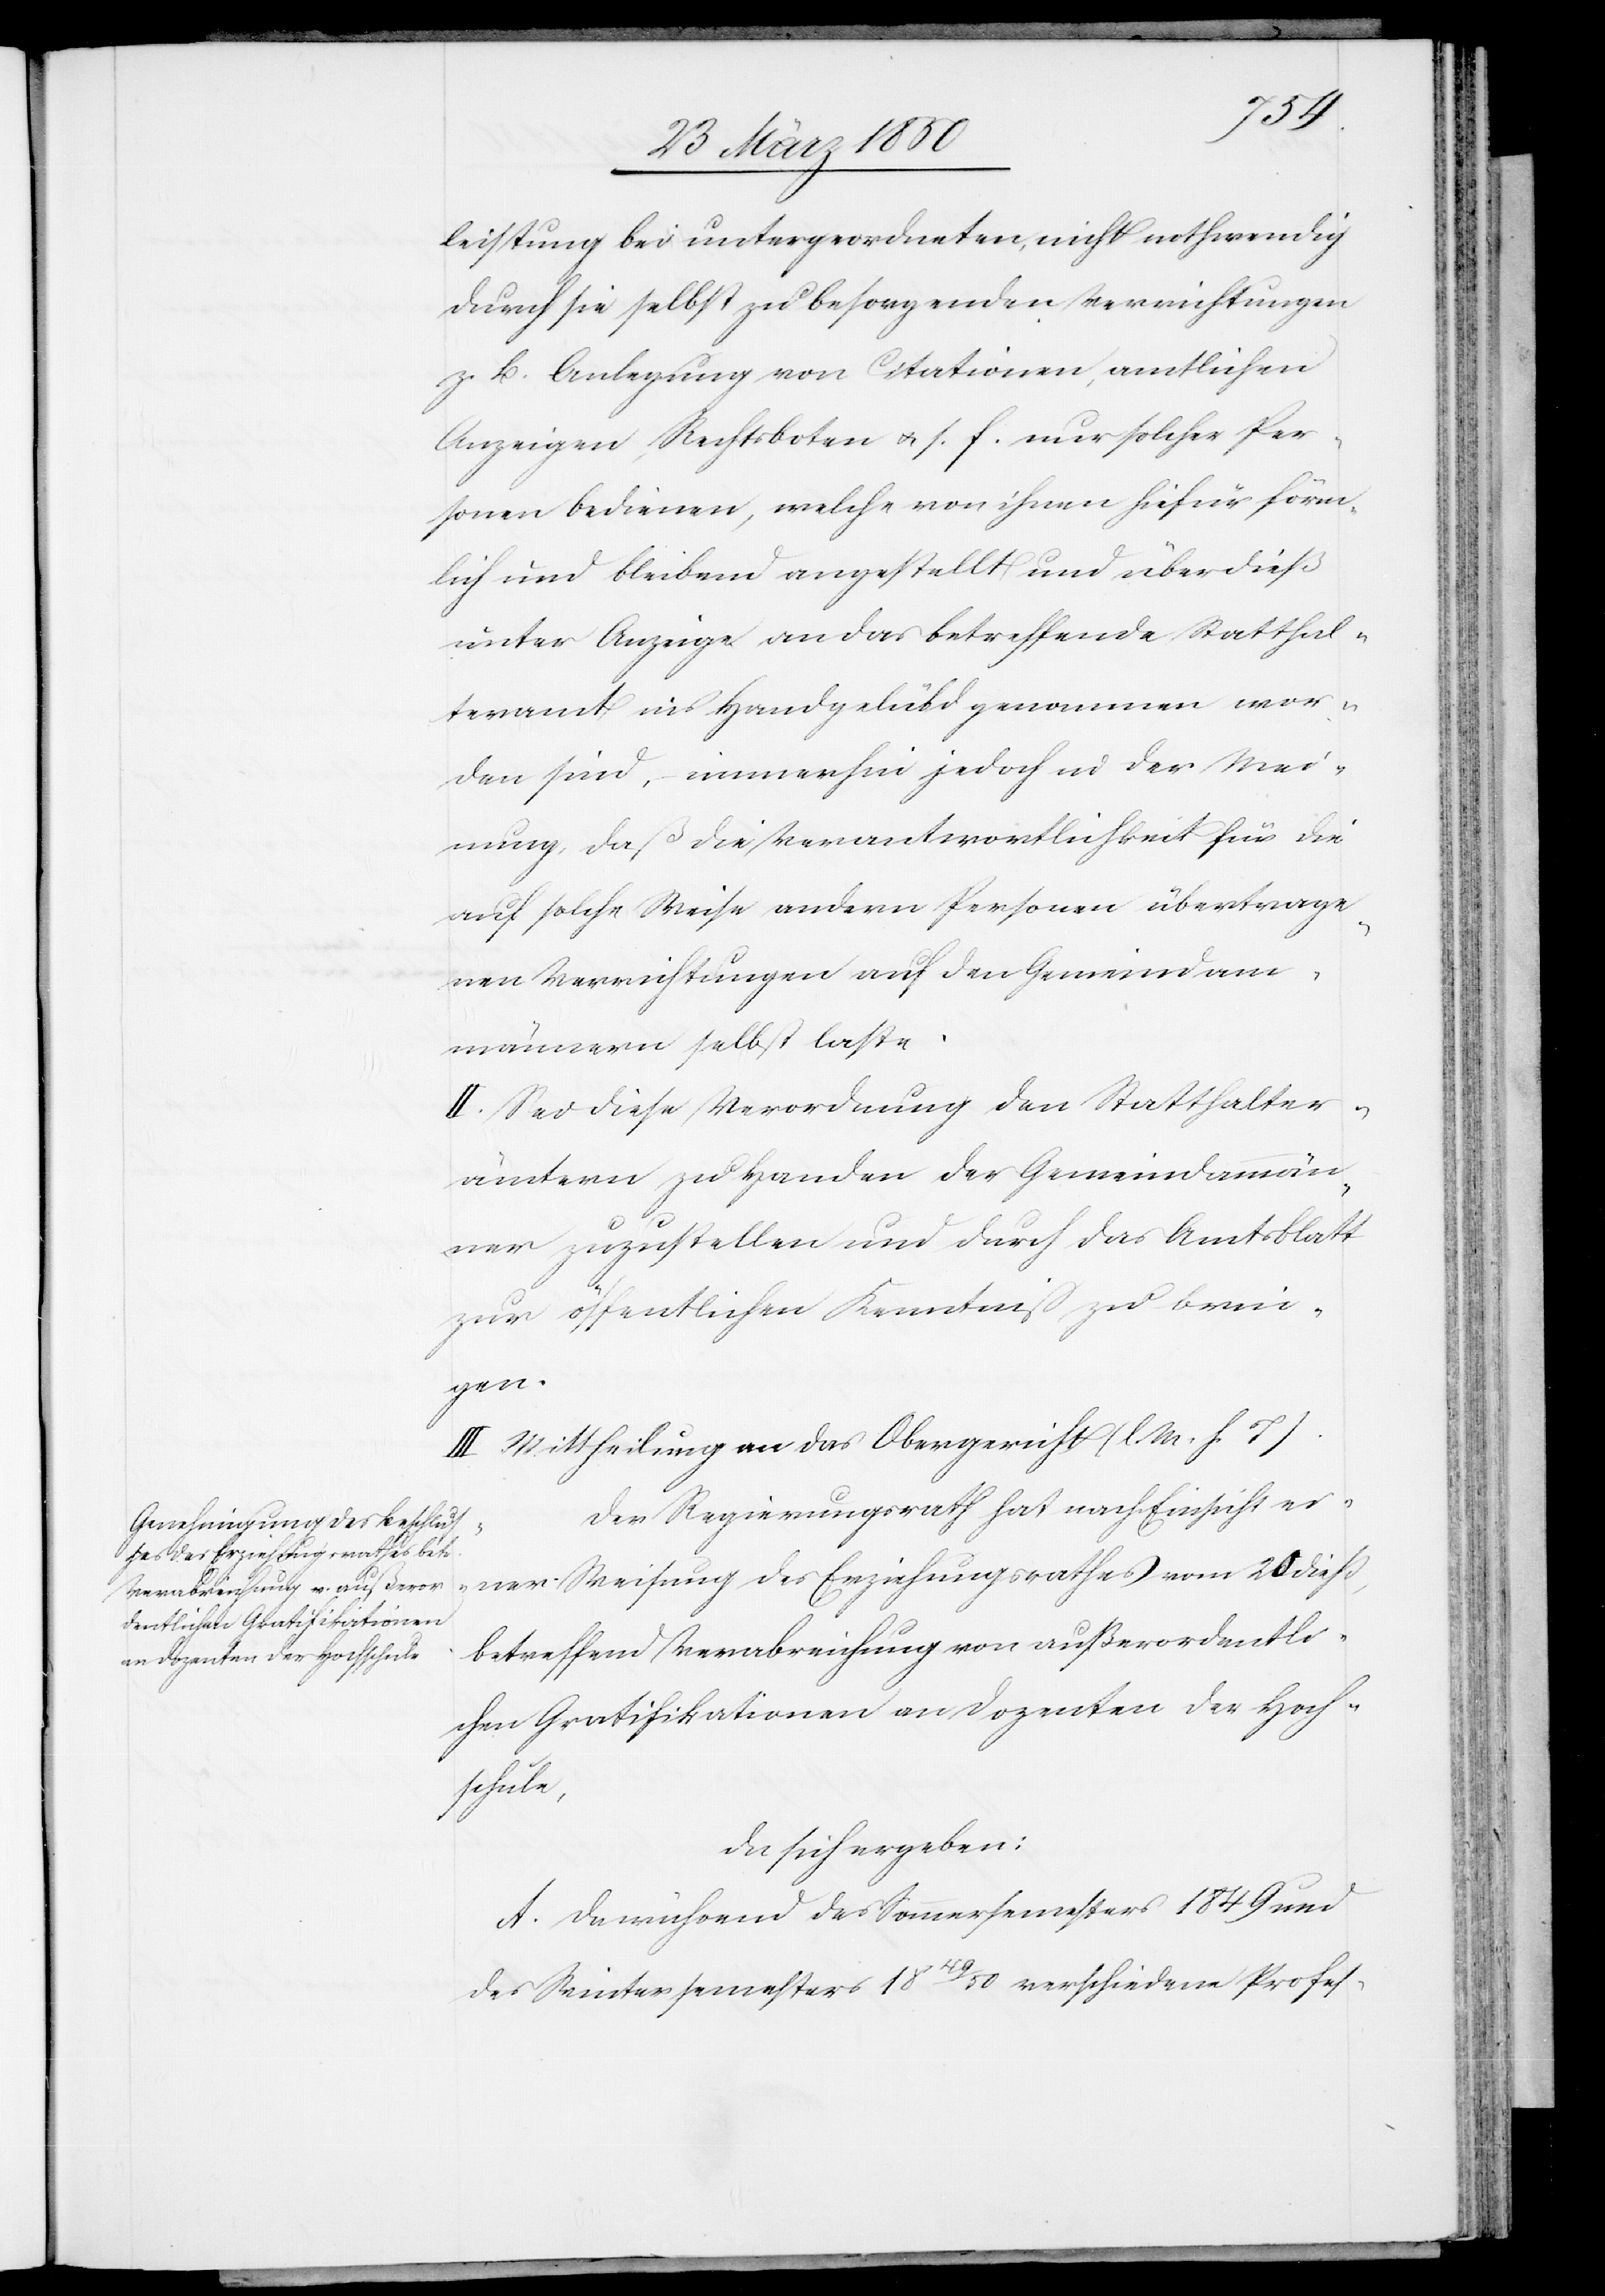
leistung bei untergeordneten, nicht nothwendig
durch sie selbst zu besorgenden Verrichtungen
z. B. Anlegung von Citationen, amtlichen
Anzeigen, Rechtsboten u. s. f. nur solcher Per¬
sonen bedienen, welche von ihnen hiefür förm¬
lich und bleibend angestellt und überdieß
unter Anzeige an das betreffende Statthal¬
teramt ins Handgelübd genommen wor¬
den sind, immerhin jedoch in der Mei¬
nung, daß die Verantwortlichkeit für die
auf solche Weise andern Personen übertrage¬
nen Verrichtungen auf den Gemeindam¬
männern selbst laste.
II. Sei diese Verordnung den Statthalter¬
ämtern zu Handen der Gemeindammän¬
ner zuzustellen und durch das Amtsblatt
zur öffentlichen Kenntniß zu brin¬
gen.
III Mittheilung an das Obergericht (l. M. h. T.)
Der Regierungsrath hat nach Einsicht ei¬
ner Weisung des Erziehungsrathes vom 20 dieß,
betreffend Verabreichung von außerordentli¬
chen Gratifikationen an Dozenten der Hoch¬
schule,
da sich ergeben:
A. Da während des Sommersemesters 1849 und
des Wintersemesters 1849/50 verschiedene Profes-